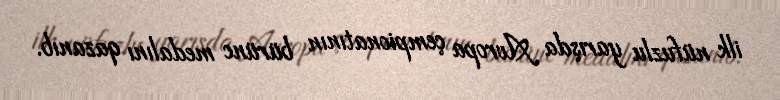
ilk nüfuzlu yarışda Avropa çempionatının bürünc medalını qazanıb.